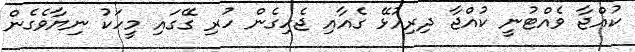
ކުއްޖާ ވެއްޓުނީ ކުއްޖާ ދިރިއުޅޭ ގެއާއި ޖެހިގެން ހުރި ގޭގައި މީހަކު ނިޔާވެގެން